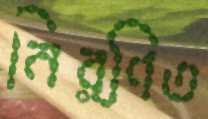
নির্ণিত